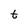
Character: t